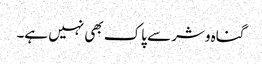
گناہ وشر سے پاک بھی نہیں ہے۔